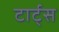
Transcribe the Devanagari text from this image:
टार्ट्‌स